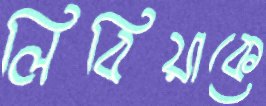
লিবিয়াকে